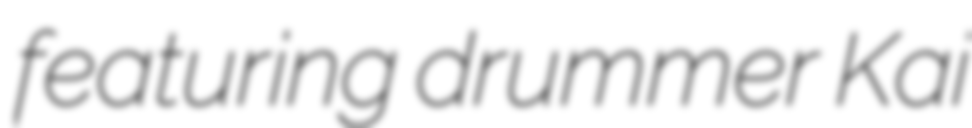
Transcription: featuring drummer Kai